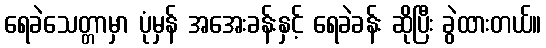
ရေခဲသေတ္တာမှာ ပုံမှန် အအေးခန်းနှင့် ရေခဲခန်း ဆိုပြီး ခွဲထားတယ်။